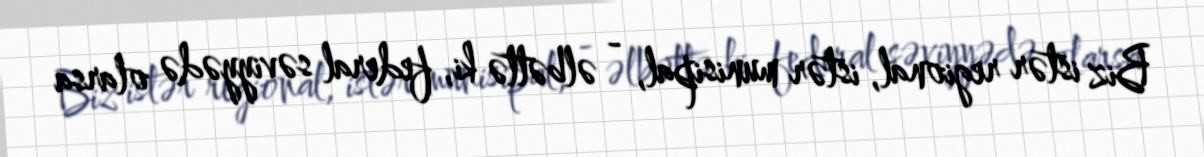
Biz istər regional, istər munisipal, - əlbəttə ki, federal səviyyədə olarsa